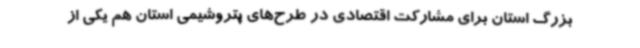
بزرگ استان برای مشارکت اقتصادی در طرح‌های پتروشیمی استان هم یکی از